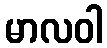
မာလဝါ